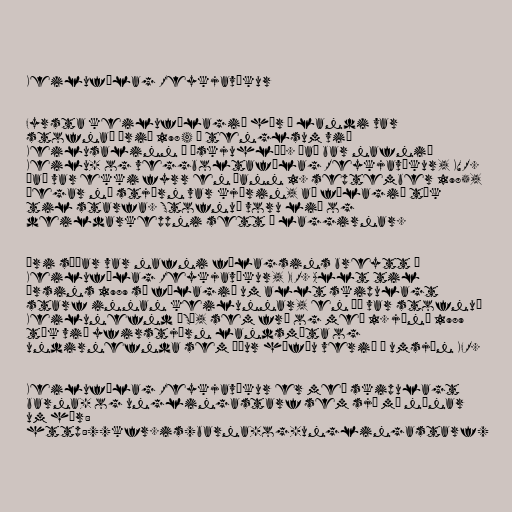
Keilufélag Reykjavíkur

Fyrsta keilufélagið hér á landi var
stofnað árið 1984 í tenglsum við
Keilusalinn í Öskjuhlíð. Það bar nafnið
Keilu- og veggboltafélag Reykjavíkur, KVR.
Það var ekki fyrr en Þann 1. september 1985,
Þegar ný stjórn var kjörin, að félagið tók
til starfa. Stofnuð voru lið og
deildarkeppni sett á laggirnar.

Ári síðar var nafni félagsins breytt í
Keilufélag Reykjavíkur, KFR. Allt til
ársins 1989 sá félagið um allt skipulagt
starf innan keilunnar, en Þá var stofnuð
Keilunefnd ÍSÍ, sem frá og með 1. júní 1989
tók við yfirstjórn landsmóta og
undirnefnda sem áður höfðu verið í umsjón KFR.

Keilufélag Reykjavíkur er með skipulagt
barna- og unglingastarf sem sjá má nánar
um hér:
http://kfr.is/barna-og-unglingastarf/